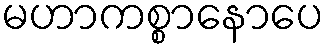
မဟာကစ္စာနောပေ